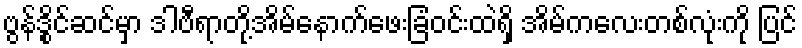
ဗွန်ဒွိုင်ဆင်မှာ ဒါဗီရာတို့အိမ်နောက်ဖေးခြံဝင်းထဲရှိ အိမ်ကလေးတစ်လုံးကို ပြင်